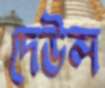
দেউল